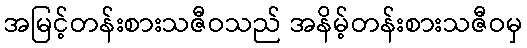
အမြင့်တန်းစားသဇီဝသည် အနိမ့်တန်းစားသဇီဝမှ